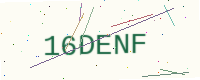
Text: 16DENF